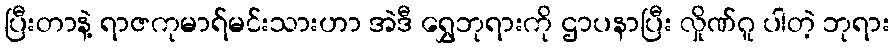
ပြီးတာနဲ့ ရာဇကုမာရ်မင်းသားဟာ အဲဒီ ရွှေဘုရားကို ဌာပနာပြီး လှိုဏ်ဂူ ပါတဲ့ ဘုရား